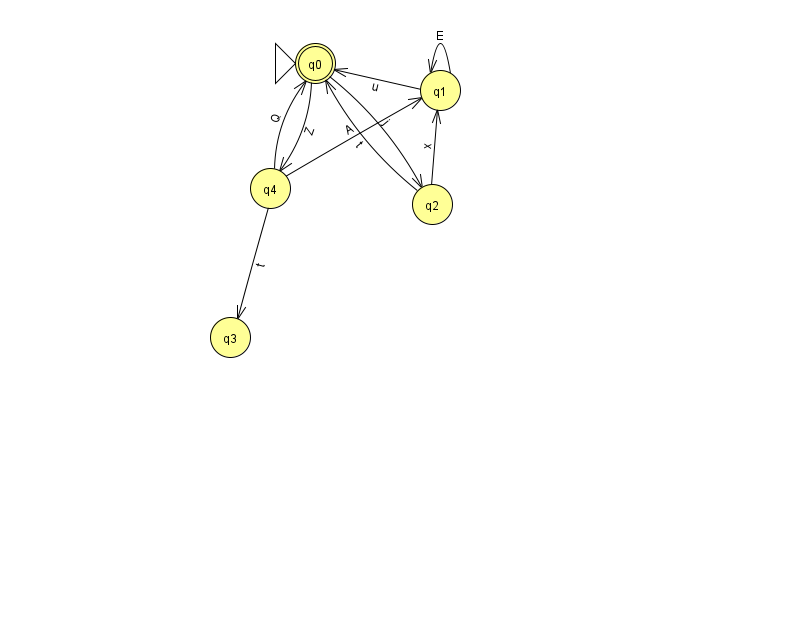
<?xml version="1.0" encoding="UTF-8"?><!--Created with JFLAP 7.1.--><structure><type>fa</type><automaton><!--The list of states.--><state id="0" name="q0"><x>315.0</x><y>50.0</y><initial/><final/></state><state id="1" name="q1"><x>440.0</x><y>77.0</y></state><state id="2" name="q2"><x>432.0</x><y>191.0</y></state><state id="3" name="q3"><x>230.0</x><y>324.0</y></state><state id="4" name="q4"><x>270.0</x><y>175.0</y></state><!--The list of transitions.--><transition><from>0</from><to>4</to><read>Z</read></transition><transition><from>1</from><to>1</to><read>E</read></transition><transition><from>1</from><to>0</to><read>u</read></transition><transition><from>2</from><to>0</to><read>t</read></transition><transition><from>4</from><to>1</to><read>A</read></transition><transition><from>0</from><to>2</to><read>j</read></transition><transition><from>2</from><to>1</to><read>x</read></transition><transition><from>4</from><to>0</to><read>Q</read></transition><transition><from>4</from><to>3</to><read>t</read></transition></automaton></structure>